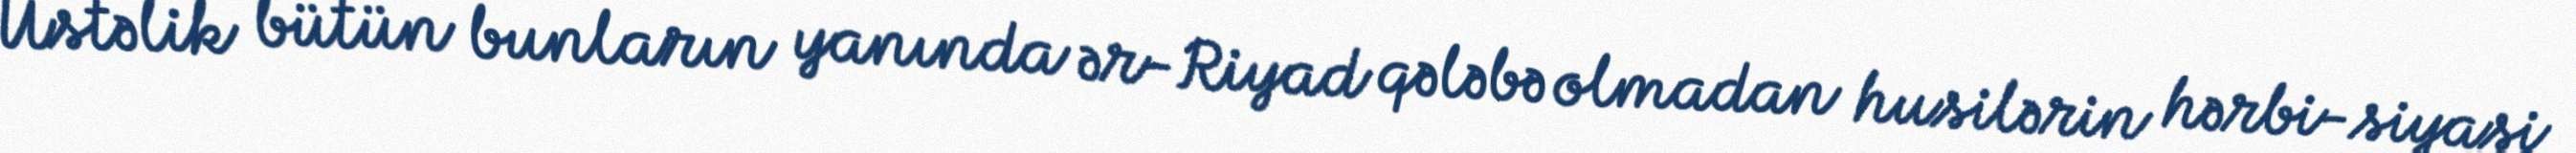
Üstəlik bütün bunların yanında ər-Riyad qələbə olmadan husilərin hərbi-siyasi